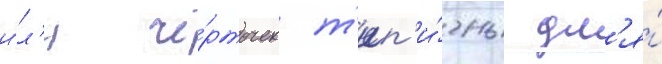
и́л'и чё́рточек т'ип'и́чны дл'я́